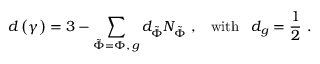
d \left( \gamma \right) = 3 - \sum _ { \tilde { \Phi } = \Phi , \, g } d _ { \tilde { \Phi } } N _ { \tilde { \Phi } } \, \, , \, \, \, \, \, \mathrm { w i t h } \, \, \, \, \, d _ { g } = \frac 1 2 \, \, .